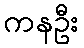
ကနဦး